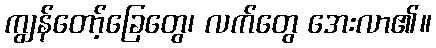
ကျွန်တော့်ခြေတွေ၊ လက်တွေ အေးလာ၏။